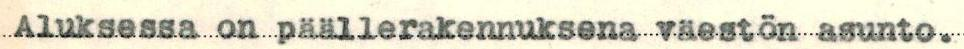
Aluksessa on päällerakennuksena väestön asunto.